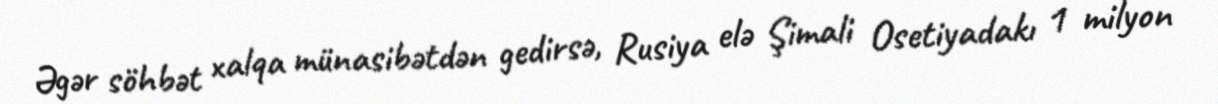
Əgər söhbət xalqa münasibətdən gedirsə, Rusiya elə Şimali Osetiyadakı 1 milyon